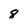
Character: 8